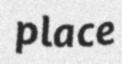
place